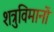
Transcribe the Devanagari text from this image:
शत्रुविमानों